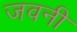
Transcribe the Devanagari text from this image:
जवनी